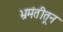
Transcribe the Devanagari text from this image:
भ्रमंतीतून